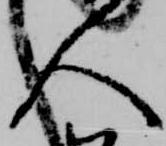
人